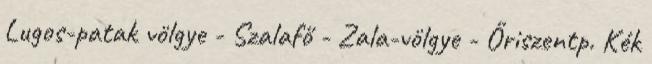
Lugos-patak völgye - Szalafő - Zala-völgye - Őriszentp. Kék